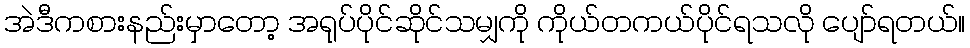
အဲဒီကစားနည်းမှာတော့ အရုပ်ပိုင်ဆိုင်သမျှကို ကိုယ်တကယ်ပိုင်ရသလို ပျော်ရတယ်။